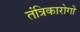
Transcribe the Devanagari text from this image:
तंत्रिकारोगों